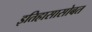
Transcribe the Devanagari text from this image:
इतिहासासोबत